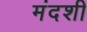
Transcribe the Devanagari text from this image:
मंदशी